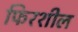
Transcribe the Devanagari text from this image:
फिरशील